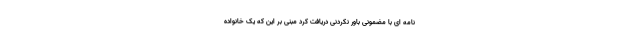
نامه ای با مضمونی باور نکردنی دریافت کرد مبنی بر این که یک خانواده